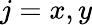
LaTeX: j=x,y